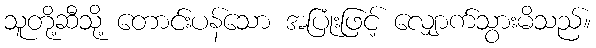
သူတို့ဆီသို့ တောင်းပန်သော အပြုံးဖြင့် လျှောက်သွားမိသည်။